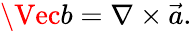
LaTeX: \Vec{b}=\nabla\times\vec{a}.